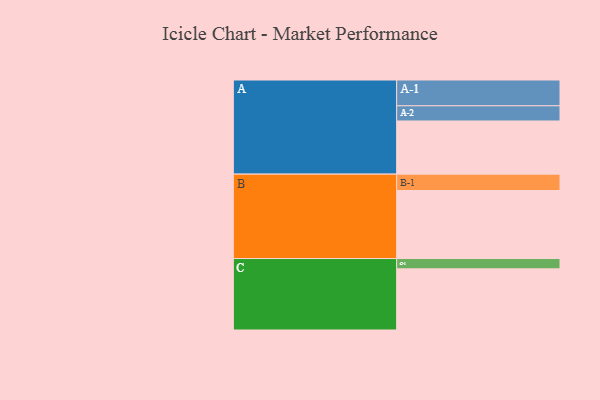
{"axis": {"x": "Segment", "y": "Value"}, "legend": ["", "A", "B", "C"], "data": [{"x": "A", "y": 464, "type": ""}, {"x": "B", "y": 594, "type": ""}, {"x": "C", "y": 534, "type": ""}, {"x": "A-1", "y": 225, "type": "A"}, {"x": "A-2", "y": 133, "type": "A"}, {"x": "B-1", "y": 143, "type": "B"}, {"x": "C-1", "y": 90, "type": "C"}]}